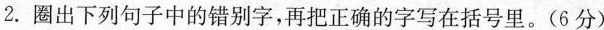
2.圈出下列句子中的错别字，再把正确的字写在括号里。（6分）